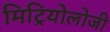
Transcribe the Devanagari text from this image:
मिट्रियोलोजी